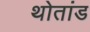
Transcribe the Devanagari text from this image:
थोतांड